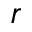
r